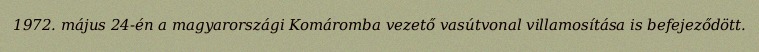
1972. május 24-én a magyarországi Komáromba vezető vasútvonal villamosítása is befejeződött.